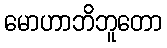
မောဟာဘိဘူတော